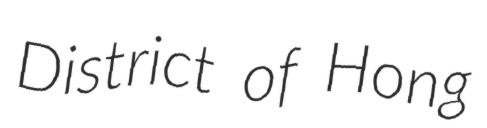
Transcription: District of Hong